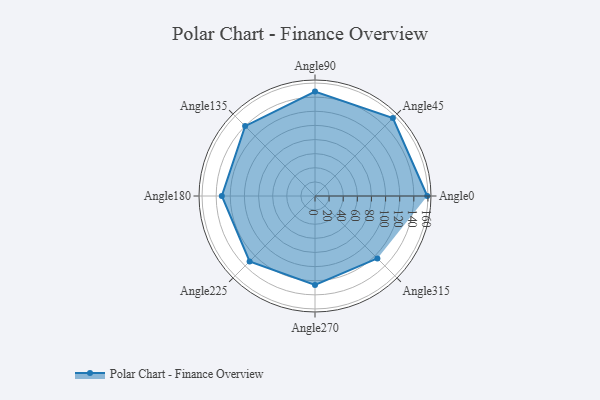
{"axis": {"x": "Angle", "y": "Radius"}, "legend": [""], "data": [{"x": "Angle0", "y": 159.0, "type": ""}, {"x": "Angle45", "y": 156.0, "type": ""}, {"x": "Angle90", "y": 148.0, "type": ""}, {"x": "Angle135", "y": 140.0, "type": ""}, {"x": "Angle180", "y": 132.0, "type": ""}, {"x": "Angle225", "y": 131.0, "type": ""}, {"x": "Angle270", "y": 126.0, "type": ""}, {"x": "Angle315", "y": 125.0, "type": ""}]}